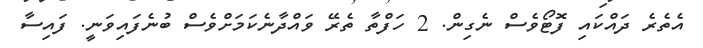
އެތެރެ ދައްކައި ފޮޓޯވެސް ނެގިން. 2 ހަފްތާ ތެރޭ ވައްދާނެކަމަށްވެސް ބުނެފައިވަނީ. ފައިސާ